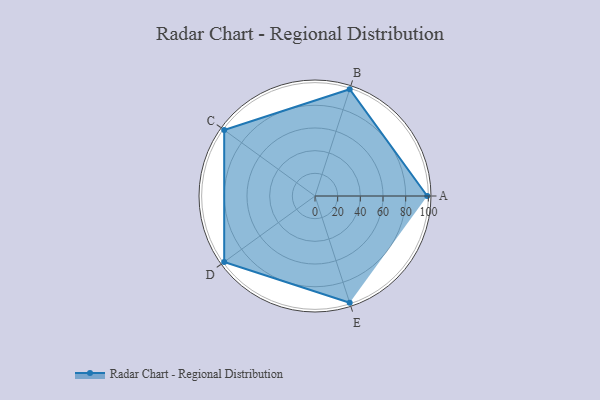
{"axis": {"x": "Skill", "y": "Score"}, "legend": ["Profile"], "data": [{"x": "A", "y": 99, "type": "Profile"}, {"x": "B", "y": 99, "type": "Profile"}, {"x": "C", "y": 99, "type": "Profile"}, {"x": "D", "y": 99, "type": "Profile"}, {"x": "E", "y": 99, "type": "Profile"}]}